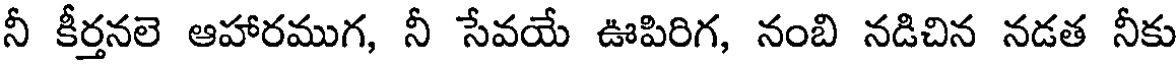
నీ కీర్తనలె ఆహారముగ, నీ సేవయే ఊపిరిగ, నంబి నడిచిన నడత నీకు